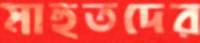
মাহুতদের